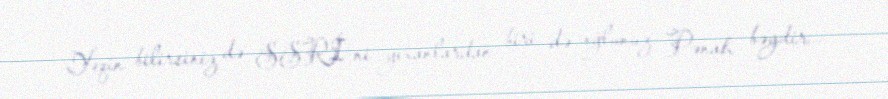
Yəqin bilirsiniz də SSRİ-ni yıxanlardan biri də oğlunuz Pənah bəydir... -